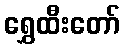
ရွှေထီးတော်